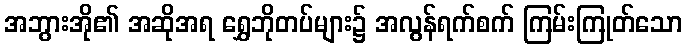
အဘွားအို၏ အဆိုအရ ရွှေဘိုတပ်များ၌ အလွန်ရက်စက် ကြမ်းကြုတ်သော